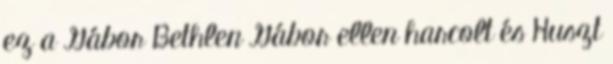
ez a Gábor Bethlen Gábor ellen harcolt és Huszt